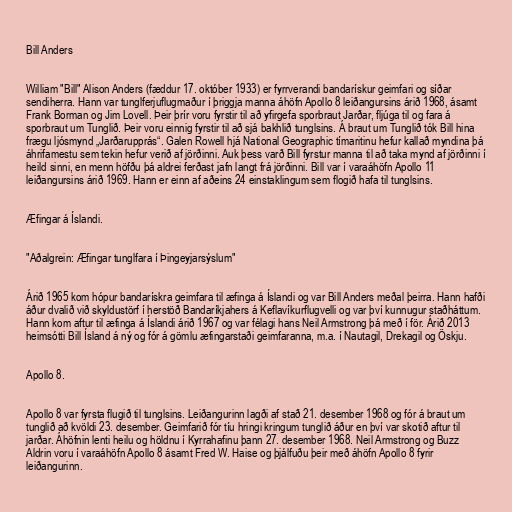
Bill Anders

William "Bill" Alison Anders (fæddur 17. október 1933) er fyrrverandi bandarískur geimfari og síðar
sendiherra. Hann var tunglferjuflugmaður í þriggja manna áhöfn Apollo 8 leiðangursins árið 1968, ásamt
Frank Borman og Jim Lovell. Þeir þrír voru fyrstir til að yfirgefa sporbraut Jarðar, fljúga til og fara á
sporbraut um Tunglið. Þeir voru einnig fyrstir til að sjá bakhlið tunglsins. Á braut um Tunglið tók Bill hina
frægu ljósmynd „Jarðarupprás“. Galen Rowell hjá National Geographic tímaritinu hefur kallað myndina þá
áhrifamestu sem tekin hefur verið af jörðinni. Auk þess varð Bill fyrstur manna til að taka mynd af jörðinni í
heild sinni, en menn höfðu þá aldrei ferðast jafn langt frá jörðinni. Bill var í varaáhöfn Apollo 11
leiðangursins árið 1969. Hann er einn af aðeins 24 einstaklingum sem flogið hafa til tunglsins.

Æfingar á Íslandi.

"Aðalgrein: Æfingar tunglfara í Þingeyjarsýslum"

Árið 1965 kom hópur bandarískra geimfara til æfinga á Íslandi og var Bill Anders meðal þeirra. Hann hafði
áður dvalið við skyldustörf í herstöð Bandaríkjahers á Keflavíkurflugvelli og var því kunnugur staðháttum.
Hann kom aftur til æfinga á Íslandi árið 1967 og var félagi hans Neil Armstrong þá með í för. Árið 2013
heimsótti Bill Ísland á ný og fór á gömlu æfingarstaði geimfaranna, m.a. í Nautagil, Drekagil og Öskju.

Apollo 8.

Apollo 8 var fyrsta flugið til tunglsins. Leiðangurinn lagði af stað 21. desember 1968 og fór á braut um
tunglið að kvöldi 23. desember. Geimfarið fór tíu hringi kringum tunglið áður en því var skotið aftur til
jarðar. Áhöfnin lenti heilu og höldnu í Kyrrahafinu þann 27. desember 1968. Neil Armstrong og Buzz
Aldrin voru í varaáhöfn Apollo 8 ásamt Fred W. Haise og þjálfuðu þeir með áhöfn Apollo 8 fyrir
leiðangurinn.